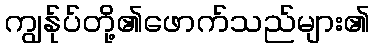
ကျွန်ုပ်တို့၏ဖောက်သည်များ၏